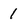
Character: 1